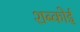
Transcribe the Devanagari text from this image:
शब्कोई